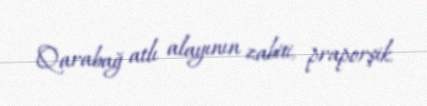
Qarabağ atlı alayının zabiti, praporşik.